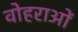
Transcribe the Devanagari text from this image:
वोहराओं